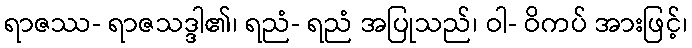
ရာဇဿ- ရာဇသဒ္ဒါ၏၊ ရညံ- ရညံ အပြုသည်၊ ဝါ- ဝိကပ် အားဖြင့်၊